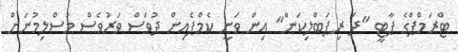
ޓްރަމްޕްގެ ޕާޓީ "ދަ ރިޕަބްލިކަން" އިން ވަނީ ކެމްޕެއިން ދުވަސް ވަރުވެސް މުސްލިމުނަށް